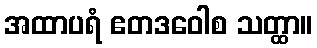
အထာပရံ ဧတဒဝေါစ သတ္ထာ။